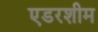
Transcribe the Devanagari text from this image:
एडरशीम